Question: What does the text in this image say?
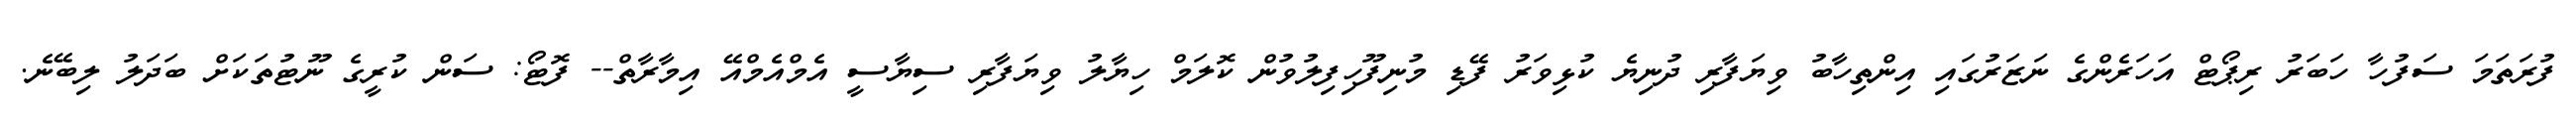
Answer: ފުރަތަމަ ސަފުހާ ހަބަރު ރިޕޯޓް އަހަރެންގެ ނަޒަރުގައި އިންތިހާބު ވިޔަފާރި ދުނިޔެ ކުޅިވަރު ފޭޑި މުނިފޫހިފިލުވުން ކޮލަމް ހިޔާލު ވިޔަފާރި ސިޔާސީ އެމްއެމްއޭ އިމާރާތް-- ފޮޓޯ: ސަން ކުރީގެ ނޫޓުތަކަށް ބަދަލު ލިބޭނެ.